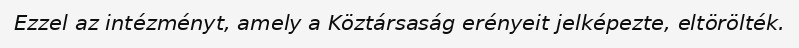
Ezzel az intézményt, amely a Köztársaság erényeit jelképezte, eltörölték.